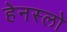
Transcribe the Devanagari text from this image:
हेनस्लो